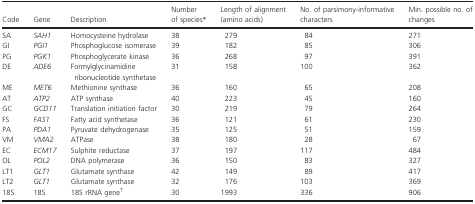
| Code | Gene | Description | Number of species* | Length of alignment (amino acids) | No. of parsimony-informative characters | Min. possible no. of changes |
 | --- | --- | --- | --- | --- | --- | --- |
 | SA | SAH1 | Homocysteine hydrolase | 38 | 279 | 84 | 271 |
 | GI | PGI1 | Phosphoglucose isomerase | 39 | 182 | 85 | 306 |
 | PG | PGK1 | Phosphoglycerate kinase | 36 | 268 | 97 | 391 |
 | DE | ADE6 | Formylglycinamidine ribonucleotide synthetase | 31 | 158 | 100 | 362 |
 | ME | MET6 | Methionine synthase | 36 | 160 | 65 | 208 |
 | AT | ATP2 | ATP synthase | 40 | 223 | 45 | 160 |
 | GC | GCD11 | Translation initiation factor | 30 | 219 | 79 | 264 |
 | FS | FAS1 | Fatty acid synthetase | 36 | 121 | 61 | 230 |
 | PA | PDA1 | Pyruvate dehydrogenase | 35 | 125 | 51 | 159 |
 | VM | VMA2 | ATPase | 38 | 180 | 28 | 67 |
 | EC | ECM17 | Sulphite reductase | 37 | 197 | 117 | 484 |
 | OL | POL2 | DNA polymerase | 36 | 150 | 83 | 327 |
 | LT1 | GLT1 | Glutamate synthase | 42 | 149 | 89 | 417 |
 | LT2 | GLT1 | Glutamate synthase | 32 | 176 | 103 | 369 |
 | 18S | 18S | 18S rRNA gene† | 30 | 1993 | 336 | 906 |